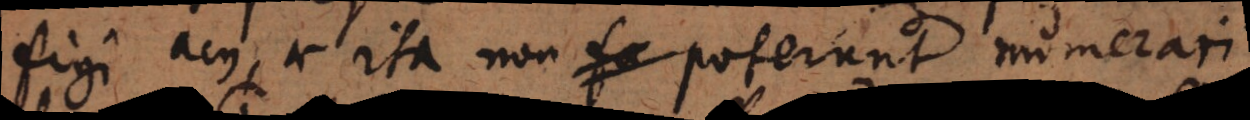
figi acus, ac ita non poterunt numerari